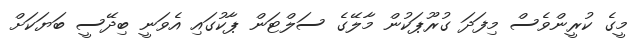
މީގެ ކުރީންވެސް މިފަދަ ގުރޫޕަކުން މާލޭގެ ސަލްޓަން ޕާކުގައި އެވަނީ ބިދޭސީ ބަޔަކަށް